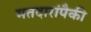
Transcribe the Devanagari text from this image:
मतदारांपैकी